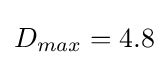
D_{max}=4.8